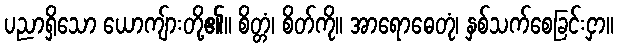
ပညာရှိသော ယောကျ်ားတို့၏။ စိတ္တံ၊ စိတ်ကို။ အာရောဓေတုံ၊ နှစ်သက်စေခြင်းငှာ။